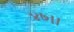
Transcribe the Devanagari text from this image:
४७।।